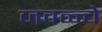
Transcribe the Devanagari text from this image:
जवळ्चे